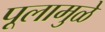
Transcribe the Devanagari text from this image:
पूलामुळे